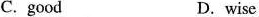
C.good D.wise